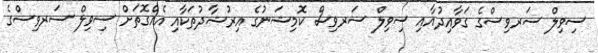
ސިވިލް ސަރވިސްގެ ގަވާއިދުއާއި ސިވިލް ސަރވިސް ކޮމިޝަނުގެ އިރުޝާދުތަކާއި އެއްގޮތަށް ސިވިލް ސަރވިސްގެ